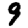
Digit: 9